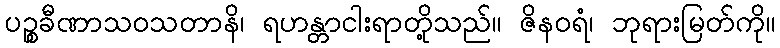
ပဉ္စခီဏာသဝသတာနိ၊ ရဟန္တာငါးရာတို့သည်။ ဇိနဝရံ၊ ဘုရားမြတ်ကို။